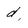
Character: d